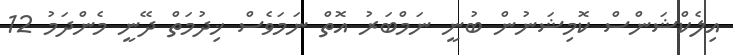
އިލެކްޝަންސް ކޮމިޝަނުން ބުނީ ނަމްބަރު އޮތް ނަމަވެސް ޚިދުމަތް ދޭނީ މެންދަމު 12